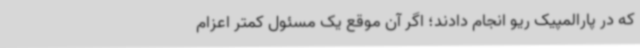
که در پارالمپیک ریو انجام دادند؛ اگر آن موقع یک مسئول کمتر اعزام